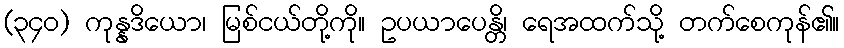
(၃၄၀) ကုန္နဒိယော၊ မြစ်ငယ်တို့ကို။ ဥပယာပေန္တိ၊ ရေအထက်သို့ တက်စေကုန်၏။